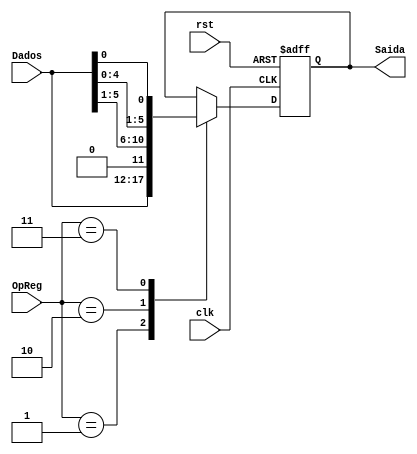
module deslocamento(Dados, clk, rst, OpReg, Saida);

input wire [5:0] Dados;
input wire clk, rst;
input wire [1:0] OpReg;
output reg [5:0] Saida;

always@(posedge clk or negedge rst) begin
	if (!rst) 
		Saida <= 5'b000000;
	else 
		case(OpReg)
			1: Saida = Dados;
			2: Saida = {1'b0,Dados[5:1]};
			3: Saida = {Dados[4:0],Dados[0]};
		endcase
end 

endmodule